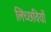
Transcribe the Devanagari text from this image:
लिच्छवियाें